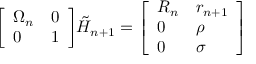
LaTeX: { \left[ \begin{array} { l l } { \Omega _ { n } } & { 0 } \\ { 0 } & { 1 } \end{array} \right] } { \tilde { H } } _ { n + 1 } = { \left[ \begin{array} { l l } { R _ { n } } & { r _ { n + 1 } } \\ { 0 } & { \rho } \\ { 0 } & { \sigma } \end{array} \right] }